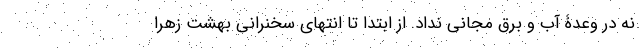
نه در وعدۀ آب و برق مجانی نداد. از ابتدا تا انتهای سخنرانی بهشت زهرا